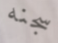
سجنه